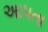
અાપતા